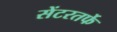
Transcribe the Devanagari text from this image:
सेंटरतर्फे